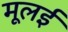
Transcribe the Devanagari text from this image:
मूलई